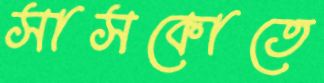
সাসকোতে